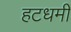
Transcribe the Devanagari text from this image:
हटधमीं